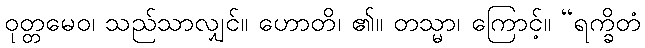
ဝုတ္တမေဝ၊ သည်သာလျှင်။ ဟောတိ၊ ၏။ တသ္မာ၊ ကြောင့်။ “ရက္ခိတံ